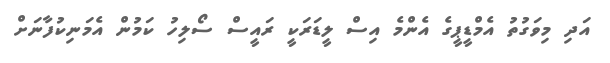
އަދި މިވަގުތު އެމްޑީޕީގެ އެންމެ އިސް ލީޑަރަކީ ރައީސް ސޯލިހު ކަމުން އެމަނިކުފާނަށް